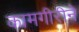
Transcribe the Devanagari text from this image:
कामगीरीने